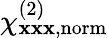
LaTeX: \chi_{\mathbf{x}\mathbf{x}\mathbf{x},\mathrm{{norm}}}^{(2)}